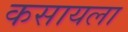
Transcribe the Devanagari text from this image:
कसायला